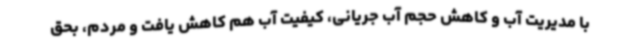
با مدیریت آب و کاهش حجم آب جریانی، کیفیت آب هم کاهش یافت و مردم، بحق